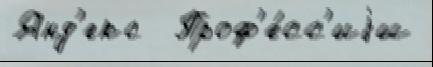
Янд'екс  Проф'е́сс'иjи